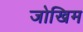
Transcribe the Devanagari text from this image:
जोखिम